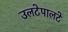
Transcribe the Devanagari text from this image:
उलटेपालटे